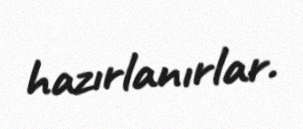
hazırlanırlar.